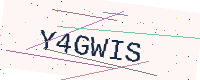
Text: Y4GWIS